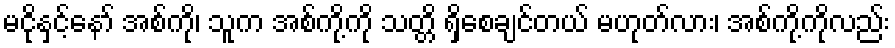
မငိုနှင့်နော် အစ်ကို၊ သူက အစ်ကို့ကို သတ္တိ ရှိစေချင်တယ် မဟုတ်လား၊ အစ်ကို့ကိုလည်း